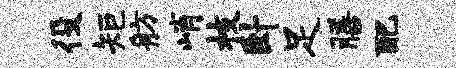
役矩舫峭枝卧足膳配